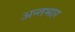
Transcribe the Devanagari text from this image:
अन्तभार